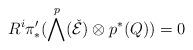
LaTeX: \begin{align*}R^{i}\pi'_{*}(\bigwedge^{p}(\check{\mathcal{E}})\otimes p^{*}(Q))=0\end{align*}